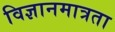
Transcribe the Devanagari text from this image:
विज्ञानमात्रता